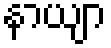
နာယျာ